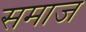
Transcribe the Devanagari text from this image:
समाज